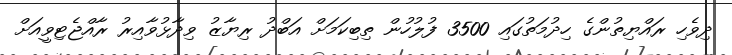
ދިވެހި ރައްޔިތުންގެ ހިދުމަތުގައި 3500 ފުލުހުން ތިބިކަމަށް އަބްދު ރިޔާޒު ވިދާޅުވާއިރު ރާއްޖެޓިވީއަށް